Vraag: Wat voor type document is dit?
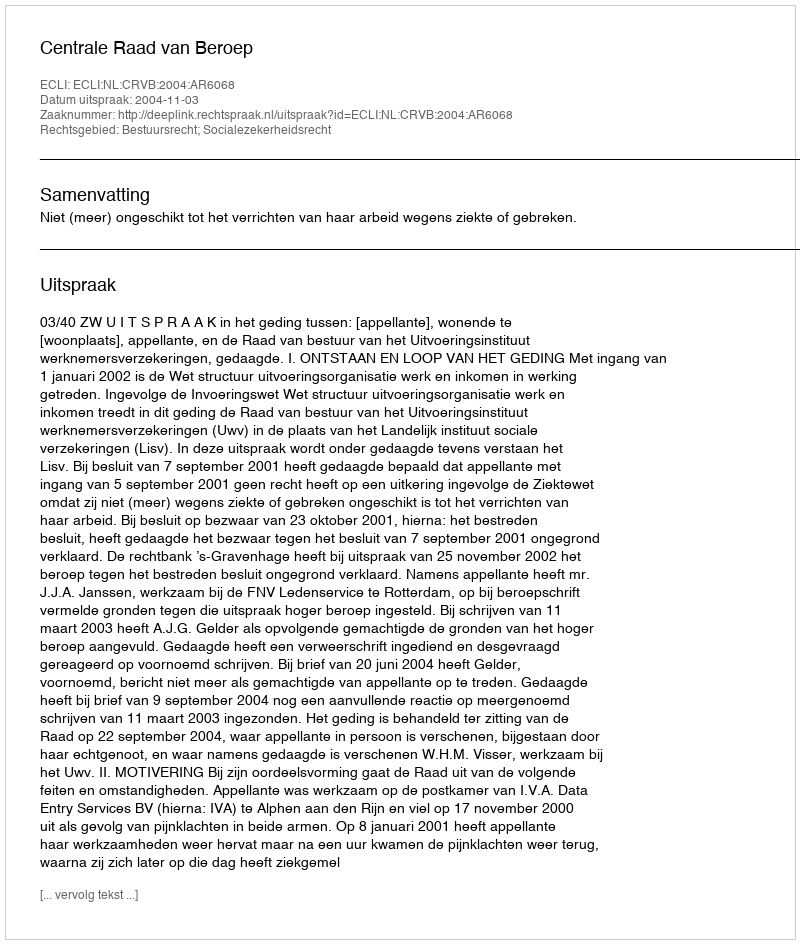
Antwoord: Uitspraak